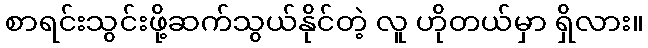
စာရင်းသွင်းဖို့ဆက်သွယ်နိုင်တဲ့ လူ ဟိုတယ်မှာ ရှိလား။